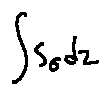
\int s _ { \sigma } d z